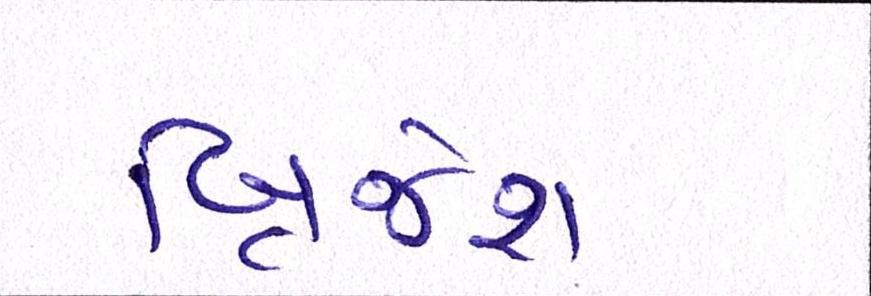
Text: બ્રિજેશ